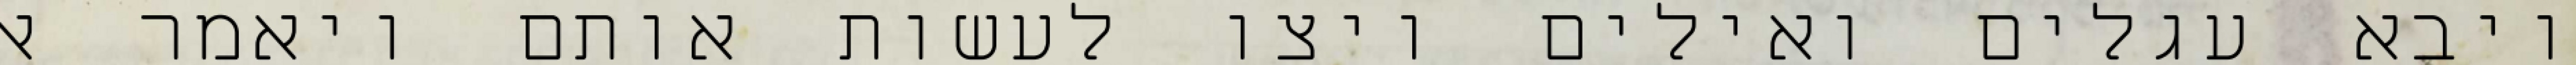
ויבא עגלים ואילים ויצו לעשות אותם ויאמר אל